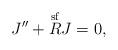
LaTeX: \begin{gather*}J''+\overset{\mathrm{sf}}R J=0,\end{gather*}